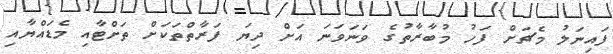
ފައިނަލު މެޗަށް ފަހު މުބާރާތުގެ ވަނަވަނަ އަށް ދިޔަ ފަރާތްތަަކަށް ތަށްޓާއި މެޑައްޔާއި